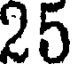
25